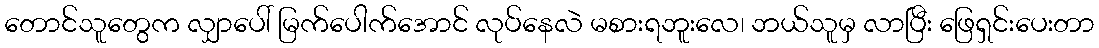
တောင်သူတွေက လျှာပေါ် မြက်ပေါက်အောင် လုပ်နေလဲ မစားရဘူးလေ၊ ဘယ်သူမှ လာပြီး ဖြေရှင်းပေးတာ